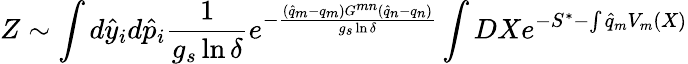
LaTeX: Z\sim\int d{\hat{y}}_{i}d{\hat{p}}_{i}\frac{1}{g_{s}\ln\delta}e^{-\frac{({\hat{q}}_{m}-q_{m})G^{mn}({\hat{q}}_{n}-q_{n})}{g_{s}\ln\delta}}\int DXe^{-S^{*}-\int{\hat{q}}_{m}V_{m}(X)}